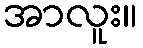
အာလူး။